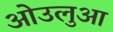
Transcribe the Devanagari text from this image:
ओउलुआ